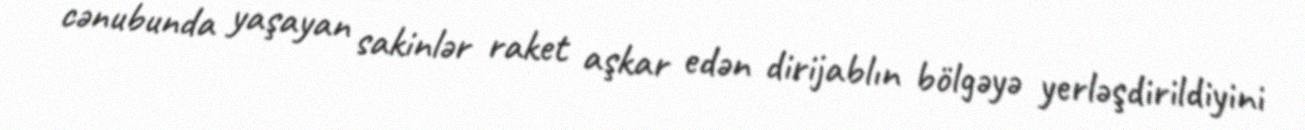
cənubunda yaşayan sakinlər raket aşkar edən dirijablın bölgəyə yerləşdirildiyini